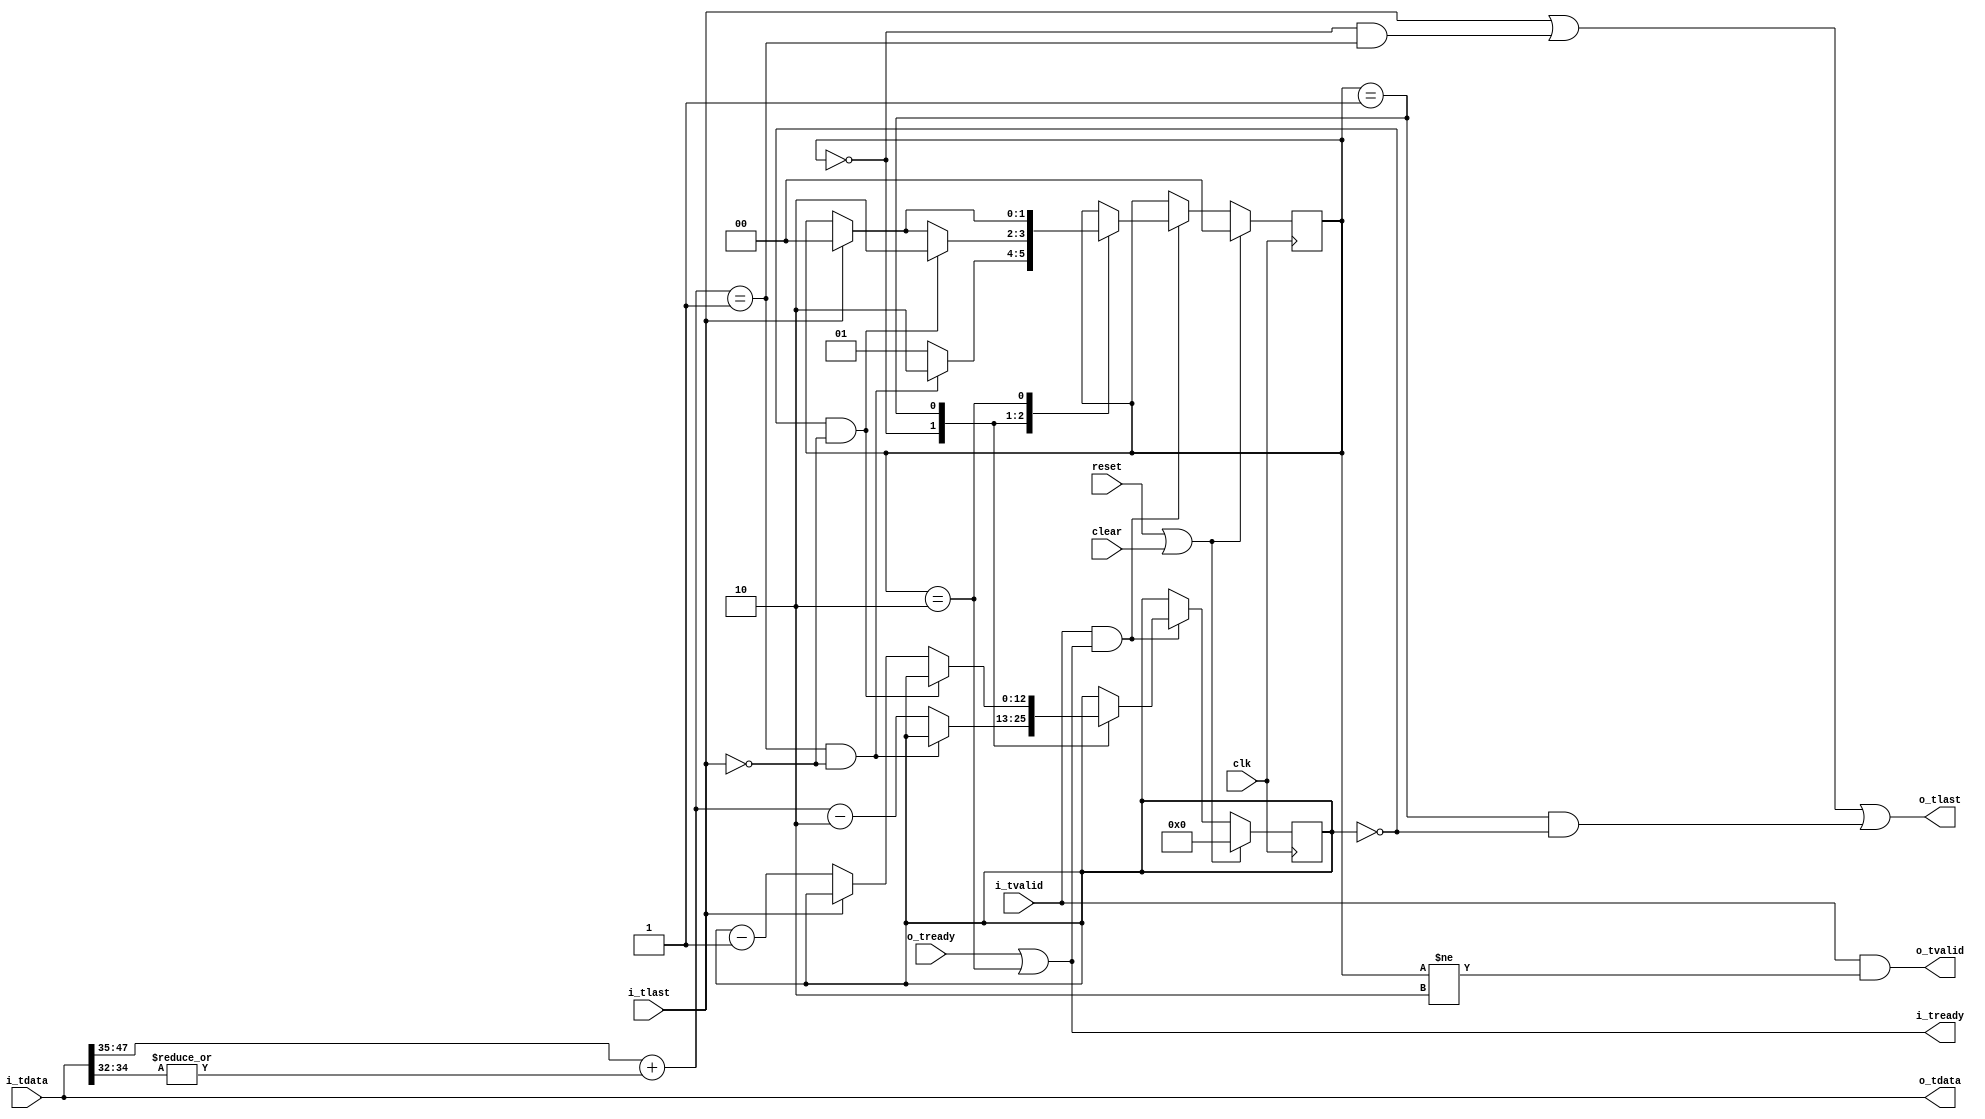

// Copyright 2015 Ettus Research

module fix_short_packet
  (input clk, input reset, input clear,
   input [63:0] i_tdata, input i_tlast, input i_tvalid, output i_tready,
   output [63:0] o_tdata, output o_tlast, output o_tvalid, input o_tready);

   reg [12:0] 	 lines_left;

   reg [1:0] 	 state;
   localparam ST_CHDR =   2'd0;
   localparam ST_PACKET = 2'd1;
   localparam ST_DUMP =   2'd2;
   
   wire 	 lastline = (lines_left == 0);
   wire [12:0] 	 packet_length = i_tdata[47:35] + (|i_tdata[34:32]);
   
   always @(posedge clk)
     if(reset | clear)
       begin
	  state <= ST_CHDR;
	  lines_left <= 13'd0;
       end
     else
       if(i_tvalid & i_tready)
	 case(state)
	   ST_CHDR :
	     if((packet_length == 1) && ~i_tlast)  // First line is valid, dump rest
	       state <= ST_DUMP;
	     else
	       begin
		  lines_left <= packet_length - 2;
		  state <= ST_PACKET;
	       end
	   
	   ST_PACKET :
	     if(lastline & ~i_tlast)
	       state <= ST_DUMP;
	     else if(i_tlast)
	       state <= ST_CHDR;
	     else
	       lines_left <= lines_left - 1;
	   
	   ST_DUMP :
	     if(i_tlast)
	       state <= ST_CHDR;
	 endcase // case (state)
   
   assign o_tdata = i_tdata;
   assign o_tlast = i_tlast | ((state == ST_CHDR) & (packet_length == 1)) | ((state == ST_PACKET) & lastline);
   assign o_tvalid = i_tvalid & (state != ST_DUMP);

   assign i_tready = o_tready | (state == ST_DUMP);
   
endmodule // fix_short_packet